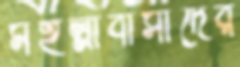
মহল্লাবাসীদের